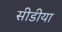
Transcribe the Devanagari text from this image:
सीडीया